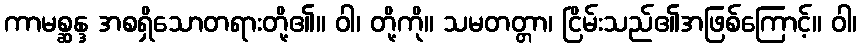
ကာမစ္ဆန္ဒ အစရှိသောတရားတို့၏။ ဝါ၊ တို့ကို။ သမတတ္တာ၊ ငြိမ်းသည်၏အဖြစ်ကြောင့်။ ဝါ၊